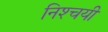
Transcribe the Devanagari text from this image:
निश्‍चयी